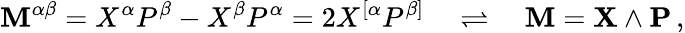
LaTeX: \mathbf{M}^{\alpha\beta}=X^{\alpha}P^{\beta}-X^{\beta}P^{\alpha}=2X^{[\alpha}P^{\beta]}\quad\rightleftharpoons\quad\mathbf{{\mathbf{M}}}=\mathbf{{X}}\wedge\mathbf{{P}}\, ,